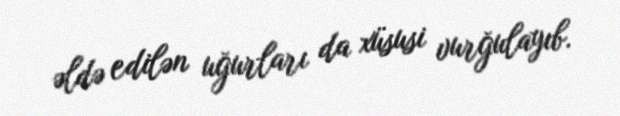
əldə edilən uğurları da xüsusi vurğulayıb.